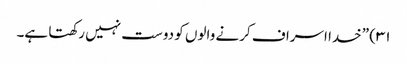
۳۱) ”خدا اسراف کرنے والوں کو دوست نہیں رکھتا ہے۔